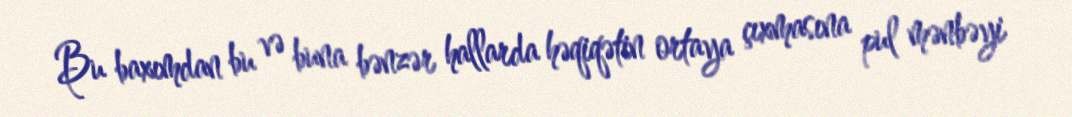
Bu baxımdan bu və buna bənzər hallarda həqiqətin ortaya çıxmasına pul mənbəyi